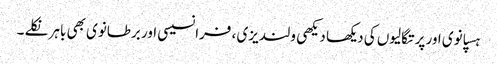
ہسپانوی اور پرتگالیوں کی دیکھا دیکھی ولندیزی ، فرانسیسی اور برطانوی بھی باہر نکلے ۔